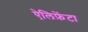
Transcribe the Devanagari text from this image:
ऐलिफ़ेंटा